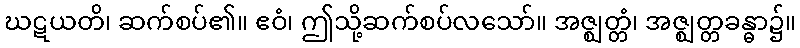
ဃဋယတိ၊ ဆက်စပ်၏။ ဧဝံ၊ ဤသို့ဆက်စပ်လသော်။ အဇ္ဈတ္တံ၊ အဇ္ဈတ္တခန္ဓာ၌။